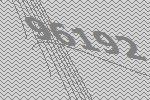
96192